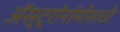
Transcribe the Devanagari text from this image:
अॅस्ट्रॉनॉमीसाठी